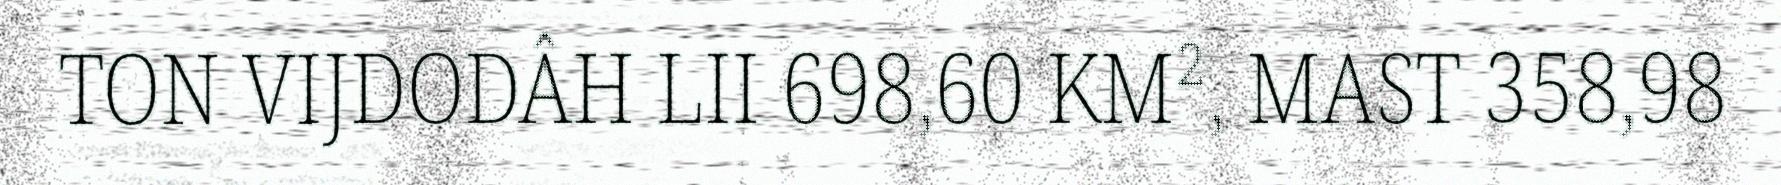
TON VIJDODÂH LII 698,60 KM², MAST 358,98